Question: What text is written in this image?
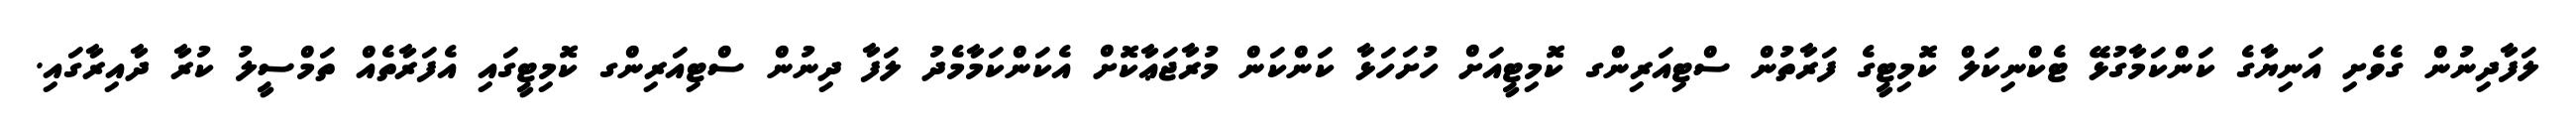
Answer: ލަފާދިނުން ގެވެށި އަނިޔާގެ ކަންކަމާގުޅޭ ޓެކްނިކަލް ކޮމިޓީގެ ފަރާތުން ސްޓިއަރިންގ ކޮމިޓީއަށް ހުށަހަޅާ ކަންކަން މުރާޖަޢާކޮށް އެކަންކަމާމެދު ލަފާ ދިނުން ސްޓިއަރިންގ ކޮމިޓީގައި އެފަރާތެއް ތަމްސީލު ކުރާ ދާއިރާގައި.